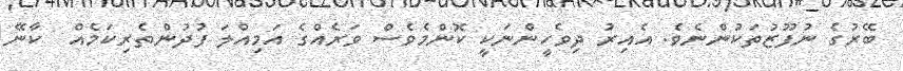
ބޭރުގެ ނުފޫޒުތަކުންނެވެ. އެއިރު ދިވެހީންނަކީ ކޮންމެވެސް ވަރެއްގެ އަމިއްލަ ފުދުންތެރިކަމެއް  ކާނޭ